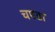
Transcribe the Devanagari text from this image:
चपडा